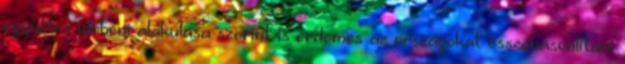
együttes időbeni alakulása szerint is érdemes az országokat összehasonlítani